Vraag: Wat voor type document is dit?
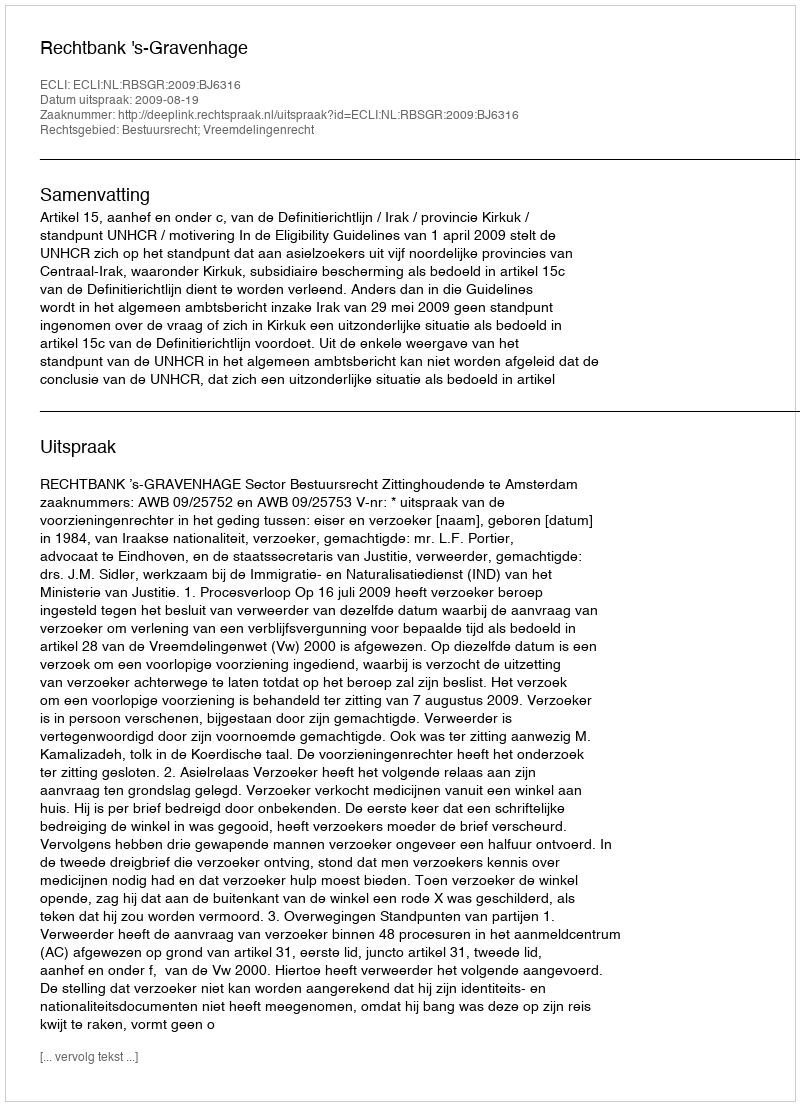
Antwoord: Uitspraak